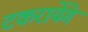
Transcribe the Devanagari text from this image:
टकरायेंगे